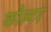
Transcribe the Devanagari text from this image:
कोल्टर